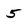
Character: 5